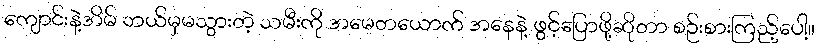
ကျောင်းနဲ့အိမ် ဘယ်မှမသွားတဲ့ သမီးကို အမေတယောက် အနေနဲ့ ဖွင့်ပြောဖို့ဆိုတာ စဉ်းစားကြည့်ပေါ့။